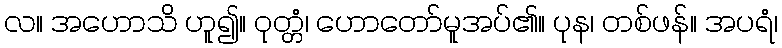
လ။ အဟောသိ ဟူ၍။ ဝုတ္တံ၊ ဟောတော်မူအပ်၏။ ပုန၊ တစ်ဖန်။ အပရံ၊